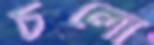
চলো